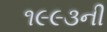
૧૯૯૩ની